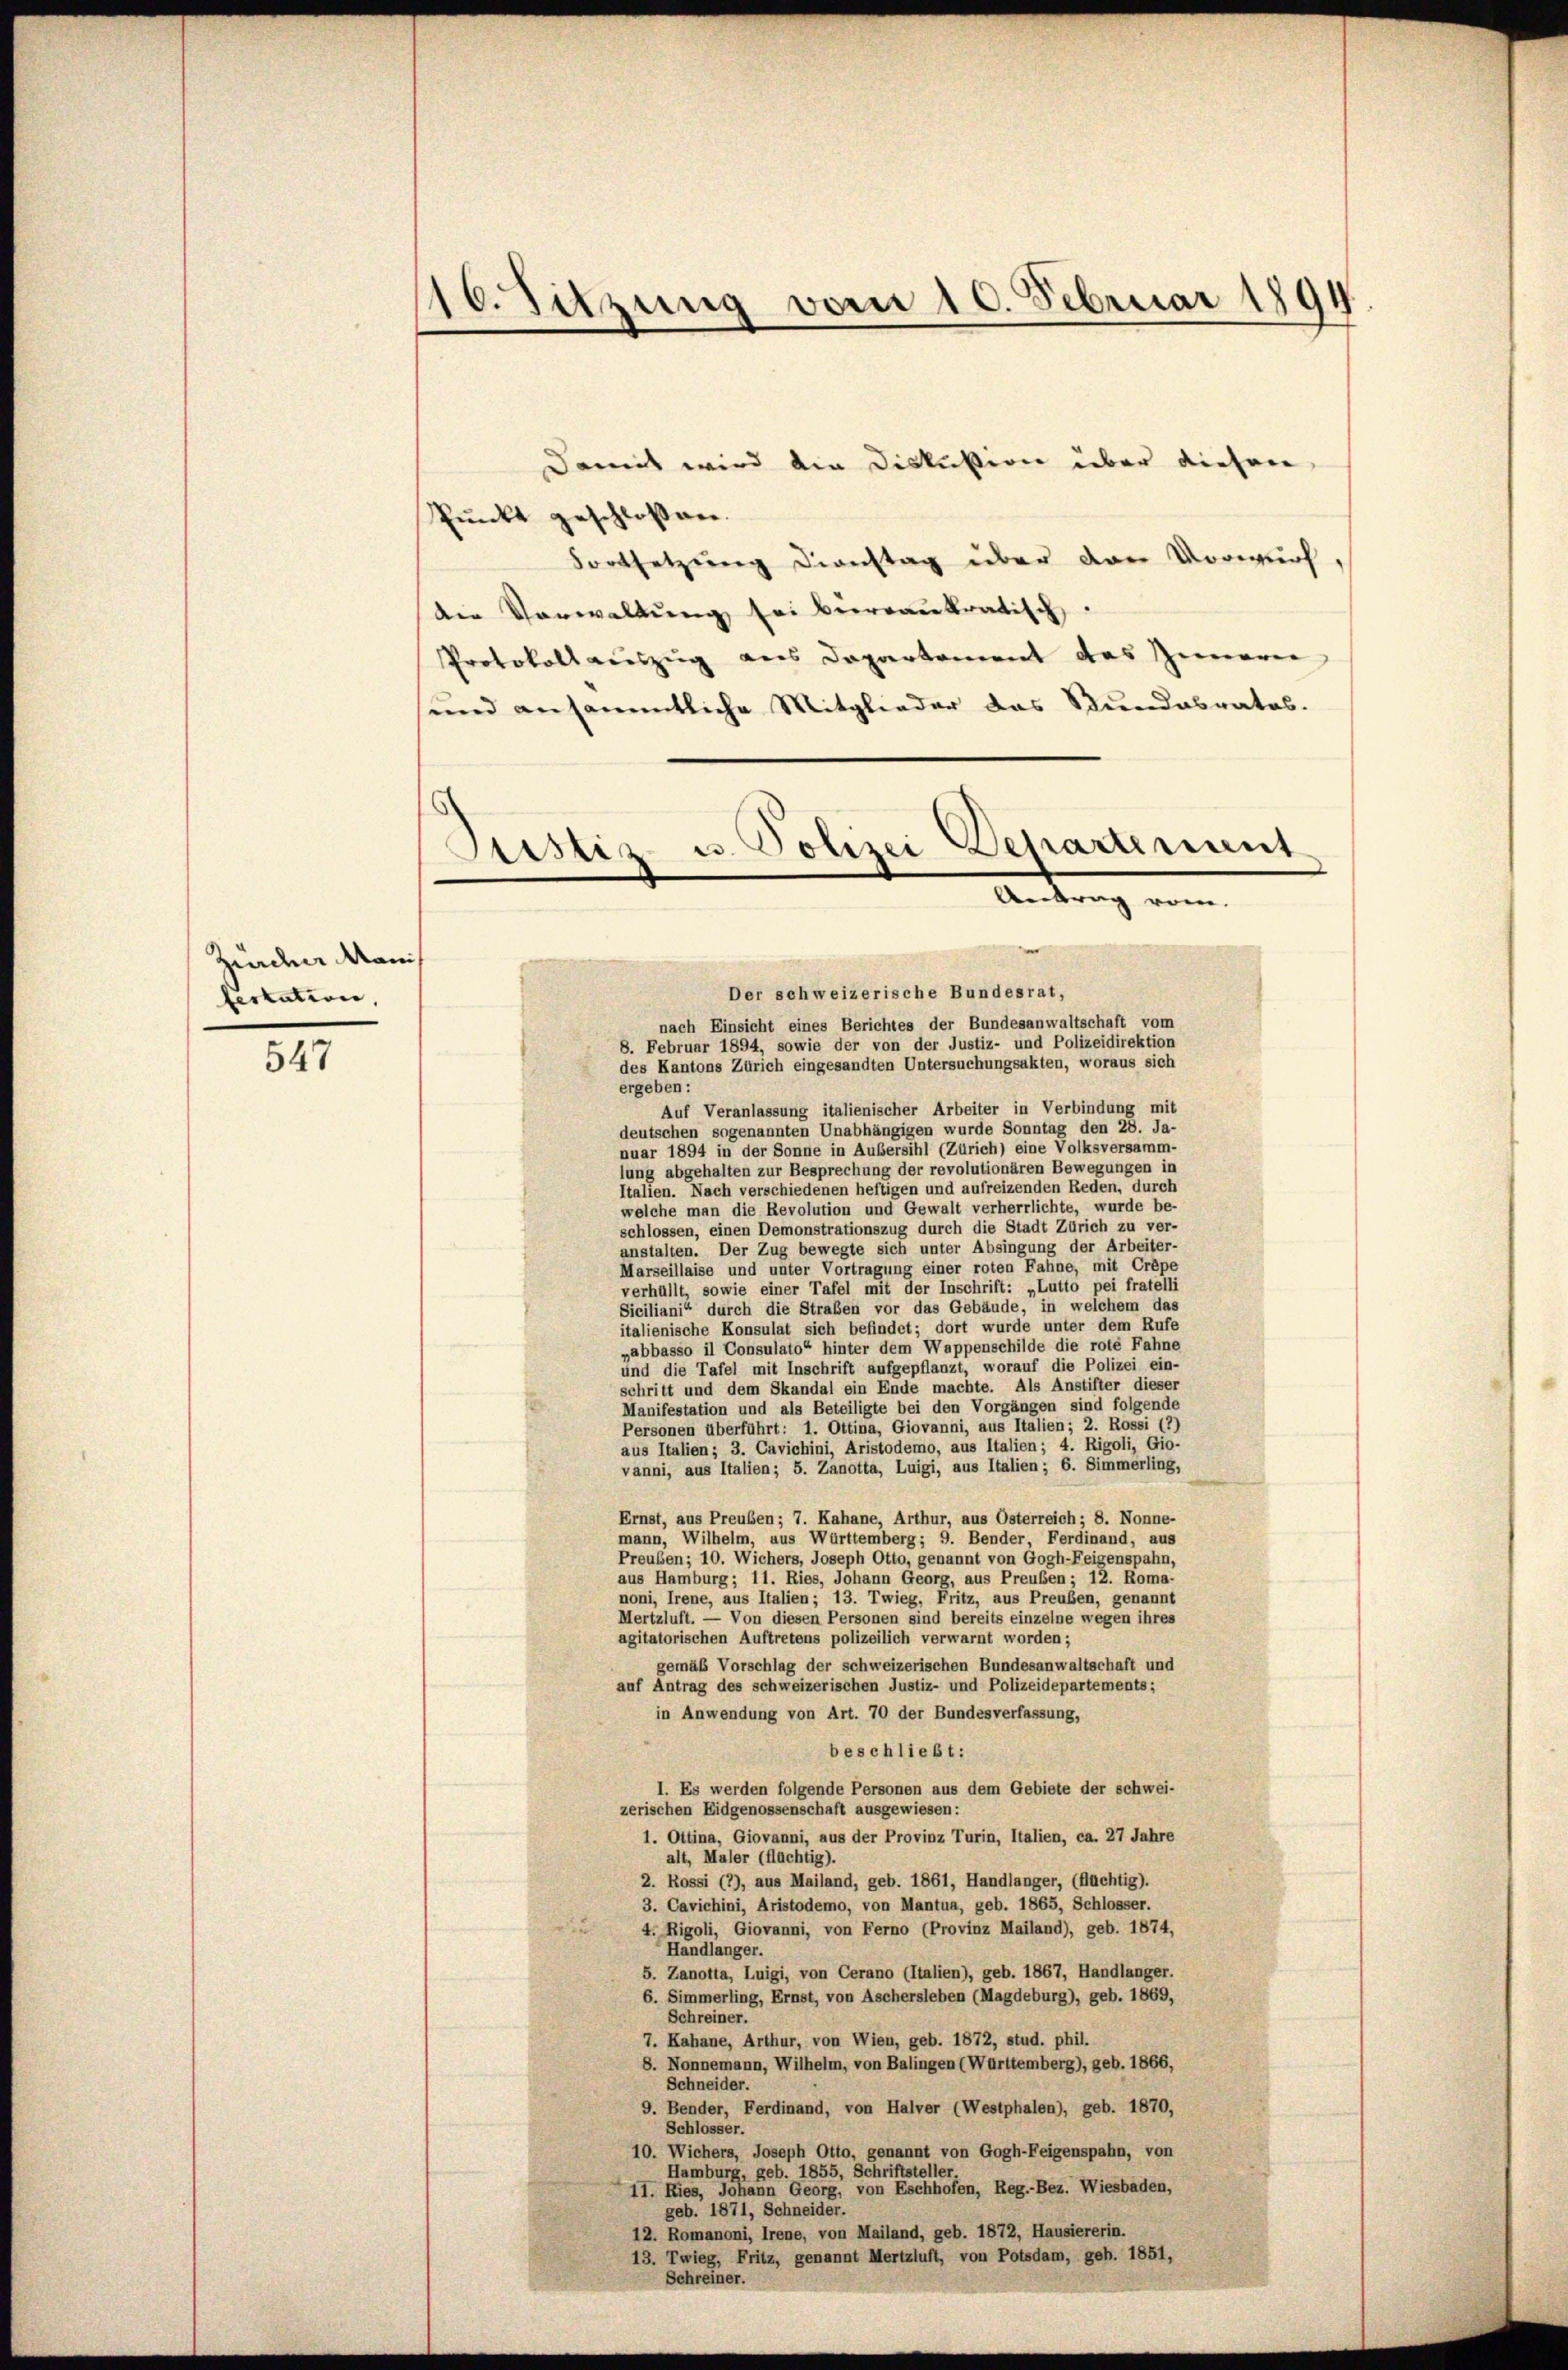
Mader Manns
fertation,

547

16. Sitzung vom 10. Februar 1894

Damit wird die Diskution über dieser
Punkt geschlossen.
Fortsetzŭng dienstag über den Vorwurf,
die Verwaltŭng sei beeroaukratisch
Protokoll auszug aus Departement des Innerie
und ansämmtliche Mitglieder das Bundesrates.

Sistiz- u. Polizei Departement
Antrag vom
Der schweizerische Bundesrat,
nach Einsicht eines Berichtes der Bundesanwaltschaft vom

8. Februar 1894, sowie der von der Justiz- und Polizeidirektion
des Kantons Zürich eingesandten Untersuchungsakten, woraus sich
ergeben:
Auf Veranlassung italienischer Arbeiter in Verbindung mit
deutschen sogenannten Unabhängigen wurde Sonntag den 28. Ja-
nuar 1894 in der Sonne in Außersihl (Zürich) eine Volksversamm-
lung abgehalten zur Besprechung der revolutionären Bewegungen in
Italien. Nach verschiedenen heftigen und aufreizenden Reden, durch
welche man die Revolution und Gewalt verherrlichte, wurde be-
schlossen, einen Demonstrationszug durch die Stadt Zürich zu ver-
anstalten. Der Zug bewegte sich unter Absingung der Arbeiter-
Marseillaise und unter Vortragung einer roten Fahne, mit Crépe
verhüllt, sowie einer Tafel mit der Inschrift: „Lutto pei fratelli
Siciliani“ durch die Straßen vor das Gebäude, in welchem das
italienische Konsulat sich befindet; dort wurde unter dem Rufe
„abbasso il Consulato“ hinter dem Wappenschilde die rote Fahne
und die Tafel mit Inschrift aufgepflanzt, worauf die Polizei ein-
schritt und dem Skandal ein Ende machte. Als Anstifter dieser
Manifestation und als Beteiligte bei den Vorgängen sind folgende
Personen überführt: 1. Ottina, Giovanni, aus Italien; 2. Rossi (2)
aus Italien; 3. Cavichini, Aristodemo, aus Italien ; 4. Rigoli, Gio-
vanni, aus Italien; 5. Zanotta, Luigi, aus Italien ; 6. Simmerling,
Ernst, aus Preuben; 7. Kahane, Arthur, aus Osterreich; 8. Nonne-
mann, Wilhelm, aus Württemberg; 9. Bender, Ferdinand, aus
Preuben; 10. Wichers, Joseph Otto, genannt von Gogh-Feigenspahn,
aus Hamburg; 11. Ries, Johann Georg, aus Preuben; 12. Roma-
noni, Irene, aus Italien; 13. Twieg, Fritz, aus Preußen, genannt
Mertzluft. — Von diesen Personen sind bereits einzelne wegen ihres
agitatorischen Auftretens polizeilich verwarnt worden;
gemäß Vorschlag der schweizerischen Bundesanwaltschaft und
auf Antrag des schweizerischen Justiz- und Polizeidepartements;
in Anwendung von Art. 70 der Bundesverfassung,
beschließt:
I. Es werden folgende Personen aus dem Gebiete der schwei-
zerischen Eidgenossenschaft ausgewiesen:
1. Ottina, Giovanni, aus der Provinz Turin, Italien, ca. 27 Jahre
alt, Maler (flüchtig).
2. Rossi (7), aus Mailand, geb. 1861, Handlanger, (flüchtig).
3. Cavichini, Aristodemo, von Mantua, geb. 1865, Schlosser.
4. Rigoli, Giovanni, von Ferno (Provinz Mailand), geb. 1874,
Handlanger.
5. Zanotta, Luigi, von Cerano (Italien), geb. 1867, Handlanger.
6. Simmerling, Ernst, von Aschersleben (Magdeburg), geb. 1869,
Schreiner.
7. Kahane, Arthur, von Wien, geb. 1872, stud. phil.
8. Nonnemann, Wilhelm, von Balingen (Württemberg), geb. 1866,
Schneider.
9. Bender, Ferdinand, von Halver (Westphalen), geb. 1870,
Schlosser.
10. Wichers, Joseph Otto, genannt von Gogh-Feigenspahn, von
Hamburg, geb. 1855, Schriftsteller
11. Ries, Johann Georg, von Eschhofen, Reg.-Bez. Wiesbaden,
geb. 1871, Schneider.
12. Romanoni, Irene, von Mailand, geb. 1872, Hausiererin.
13. Twieg, Fritz, genannt Mertzluft, von Potsdam, geh. 1851,
Schreiner.